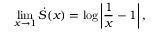
\operatorname* { l i m } _ { x \rightarrow 1 } \dot { S } ( x ) = \log \left| \frac { 1 } { x } - 1 \right| ,